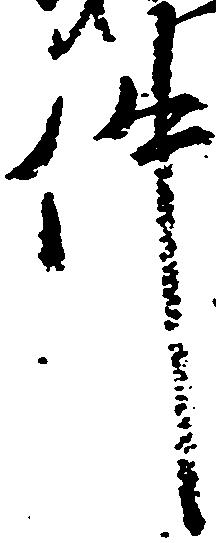
件